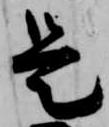
是